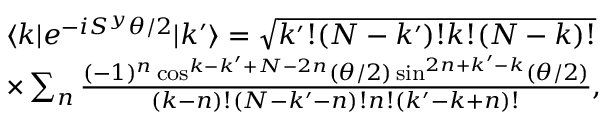
\begin{array} { r l } & { \langle k | e ^ { - i S ^ { y } \theta / 2 } | k ^ { \prime } \rangle = \sqrt { k ^ { \prime } ! ( N - k ^ { \prime } ) ! k ! ( N - k ) ! } } \\ & { \times \sum _ { n } \frac { ( - 1 ) ^ { n } \cos ^ { k - k ^ { \prime } + N - 2 n } ( \theta / 2 ) \sin ^ { 2 n + k ^ { \prime } - k } ( \theta / 2 ) } { ( k - n ) ! ( N - k ^ { \prime } - n ) ! n ! ( k ^ { \prime } - k + n ) ! } , } \end{array}